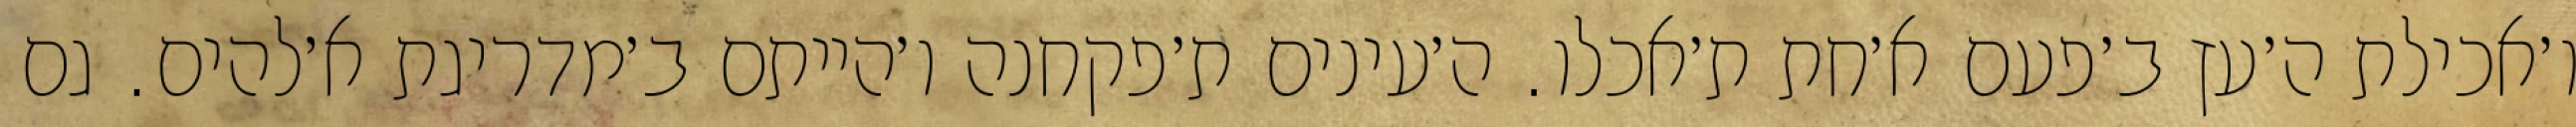
ו׳אכילת ה׳עץ ב׳פעם א׳חת ת׳אכלו. ה׳עינים ת׳פקחנה ו׳הייתם ב׳מדריגת א׳להים. גם